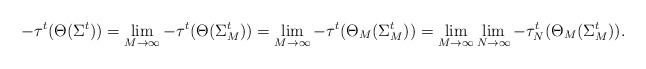
LaTeX: \begin{align*} - \tau^t ( \Theta ( \Sigma^t ) ) = \lim_{M \to \infty} - \tau^t ( \Theta ( \Sigma^t_M ) ) = \lim_{M \to \infty} - \tau^t ( \Theta_M ( \Sigma^t_M ) ) = \lim_{M \to \infty} \lim_{N \to \infty} -\tau_N^t (\Theta_M (\Sigma^t_M ) ).\end{align*}